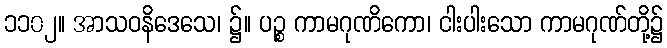
၁၁၀၂။ အာသဝနိဒေသေ၊ ၌။ ပဉ္စ ကာမဂုဏိကော၊ ငါးပါးသော ကာမဂုဏ်တို့၌